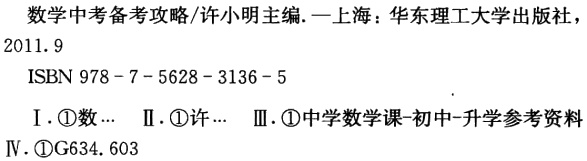
数学中考备考攻略/许小明主编.—上海：华东理工大学出版社，

2011.9

ISBN 978 - 7 - 5628 - 3136 - 5

Ⅰ. \textcircled{1}数… Ⅱ. \textcircled{1}许… Ⅲ. \textcircled{1}中学数学课-初中-升学参考资料

Ⅳ. \textcircled{1}G634. 603